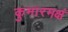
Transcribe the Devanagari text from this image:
कुमारमक्षं